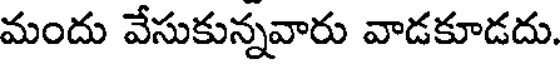
మందు వేసుకున్నవారు వాడకూడదు.